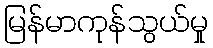
မြန်မာကုန်သွယ်မှု